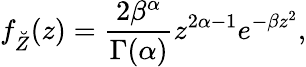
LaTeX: f_{\breve{Z}}(z)=\frac{2\beta^{\alpha}}{\Gamma(\alpha)}z^{2\alpha-1}e^{-\beta z^{2}},